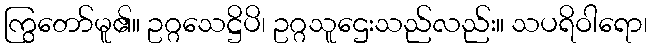
ကြွတော်မူ၏။ ဥဂ္ဂသေဋ္ဌိပိ၊ ဥဂ္ဂသူဌေးသည်လည်း။ သပရိဝါရော၊